Annual report on the health of the army in India
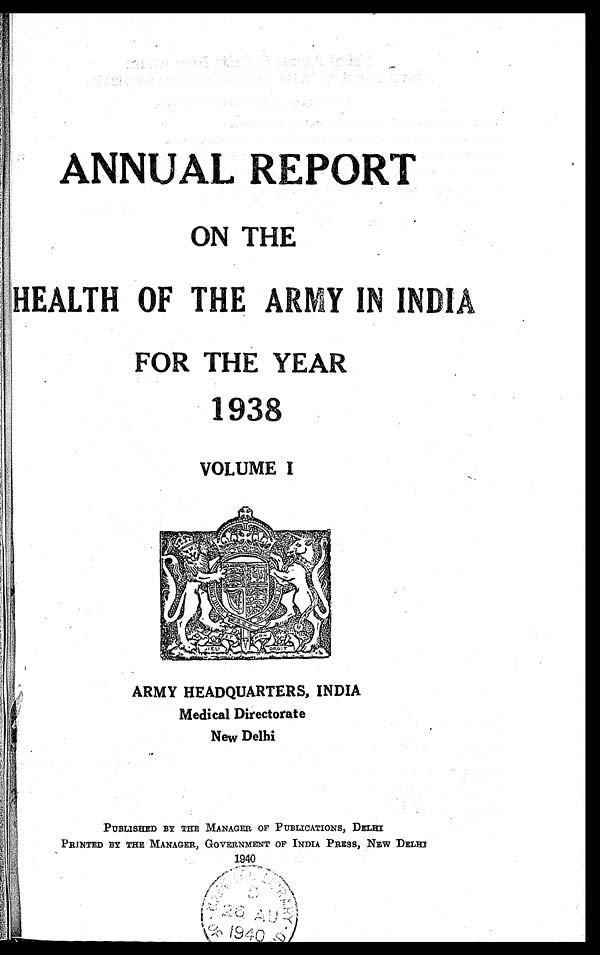
ANNUAL REPORT
ON THE
HEALTH OF THE ARMY IN INDIA
FOR THE YEAR
1 9 3 8
VOLUME I
ARMY HEADQUARTERS, INDIA
Medical Directorate
New Delhi
PUBLISHED BY THE MANAGER OF PUBLICATIONS, DELHI
PRINTED BY THE MANAGER, GOVERNMENT OF INDIA PRESS, NEW DELHI
1940